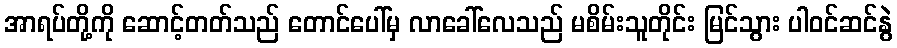
အာရပ်တို့ကို ဆောင့်တတ်သည် တောင်ပေါ်မှ လာခေါ်လေသည် မစိမ်းသူတိုင်း မြင်သွား ပါဝင်ဆင်နွဲ